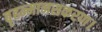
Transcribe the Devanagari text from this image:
बृहन्मानसकरण।